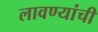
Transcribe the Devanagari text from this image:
लावण्यांची